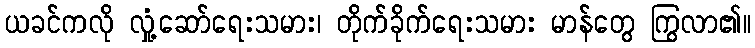
ယခင်ကလို လှုံ့ဆော်ရေးသမား၊ တိုက်ခိုက်ရေးသမား မာန်တွေ ကြွလာ၏။